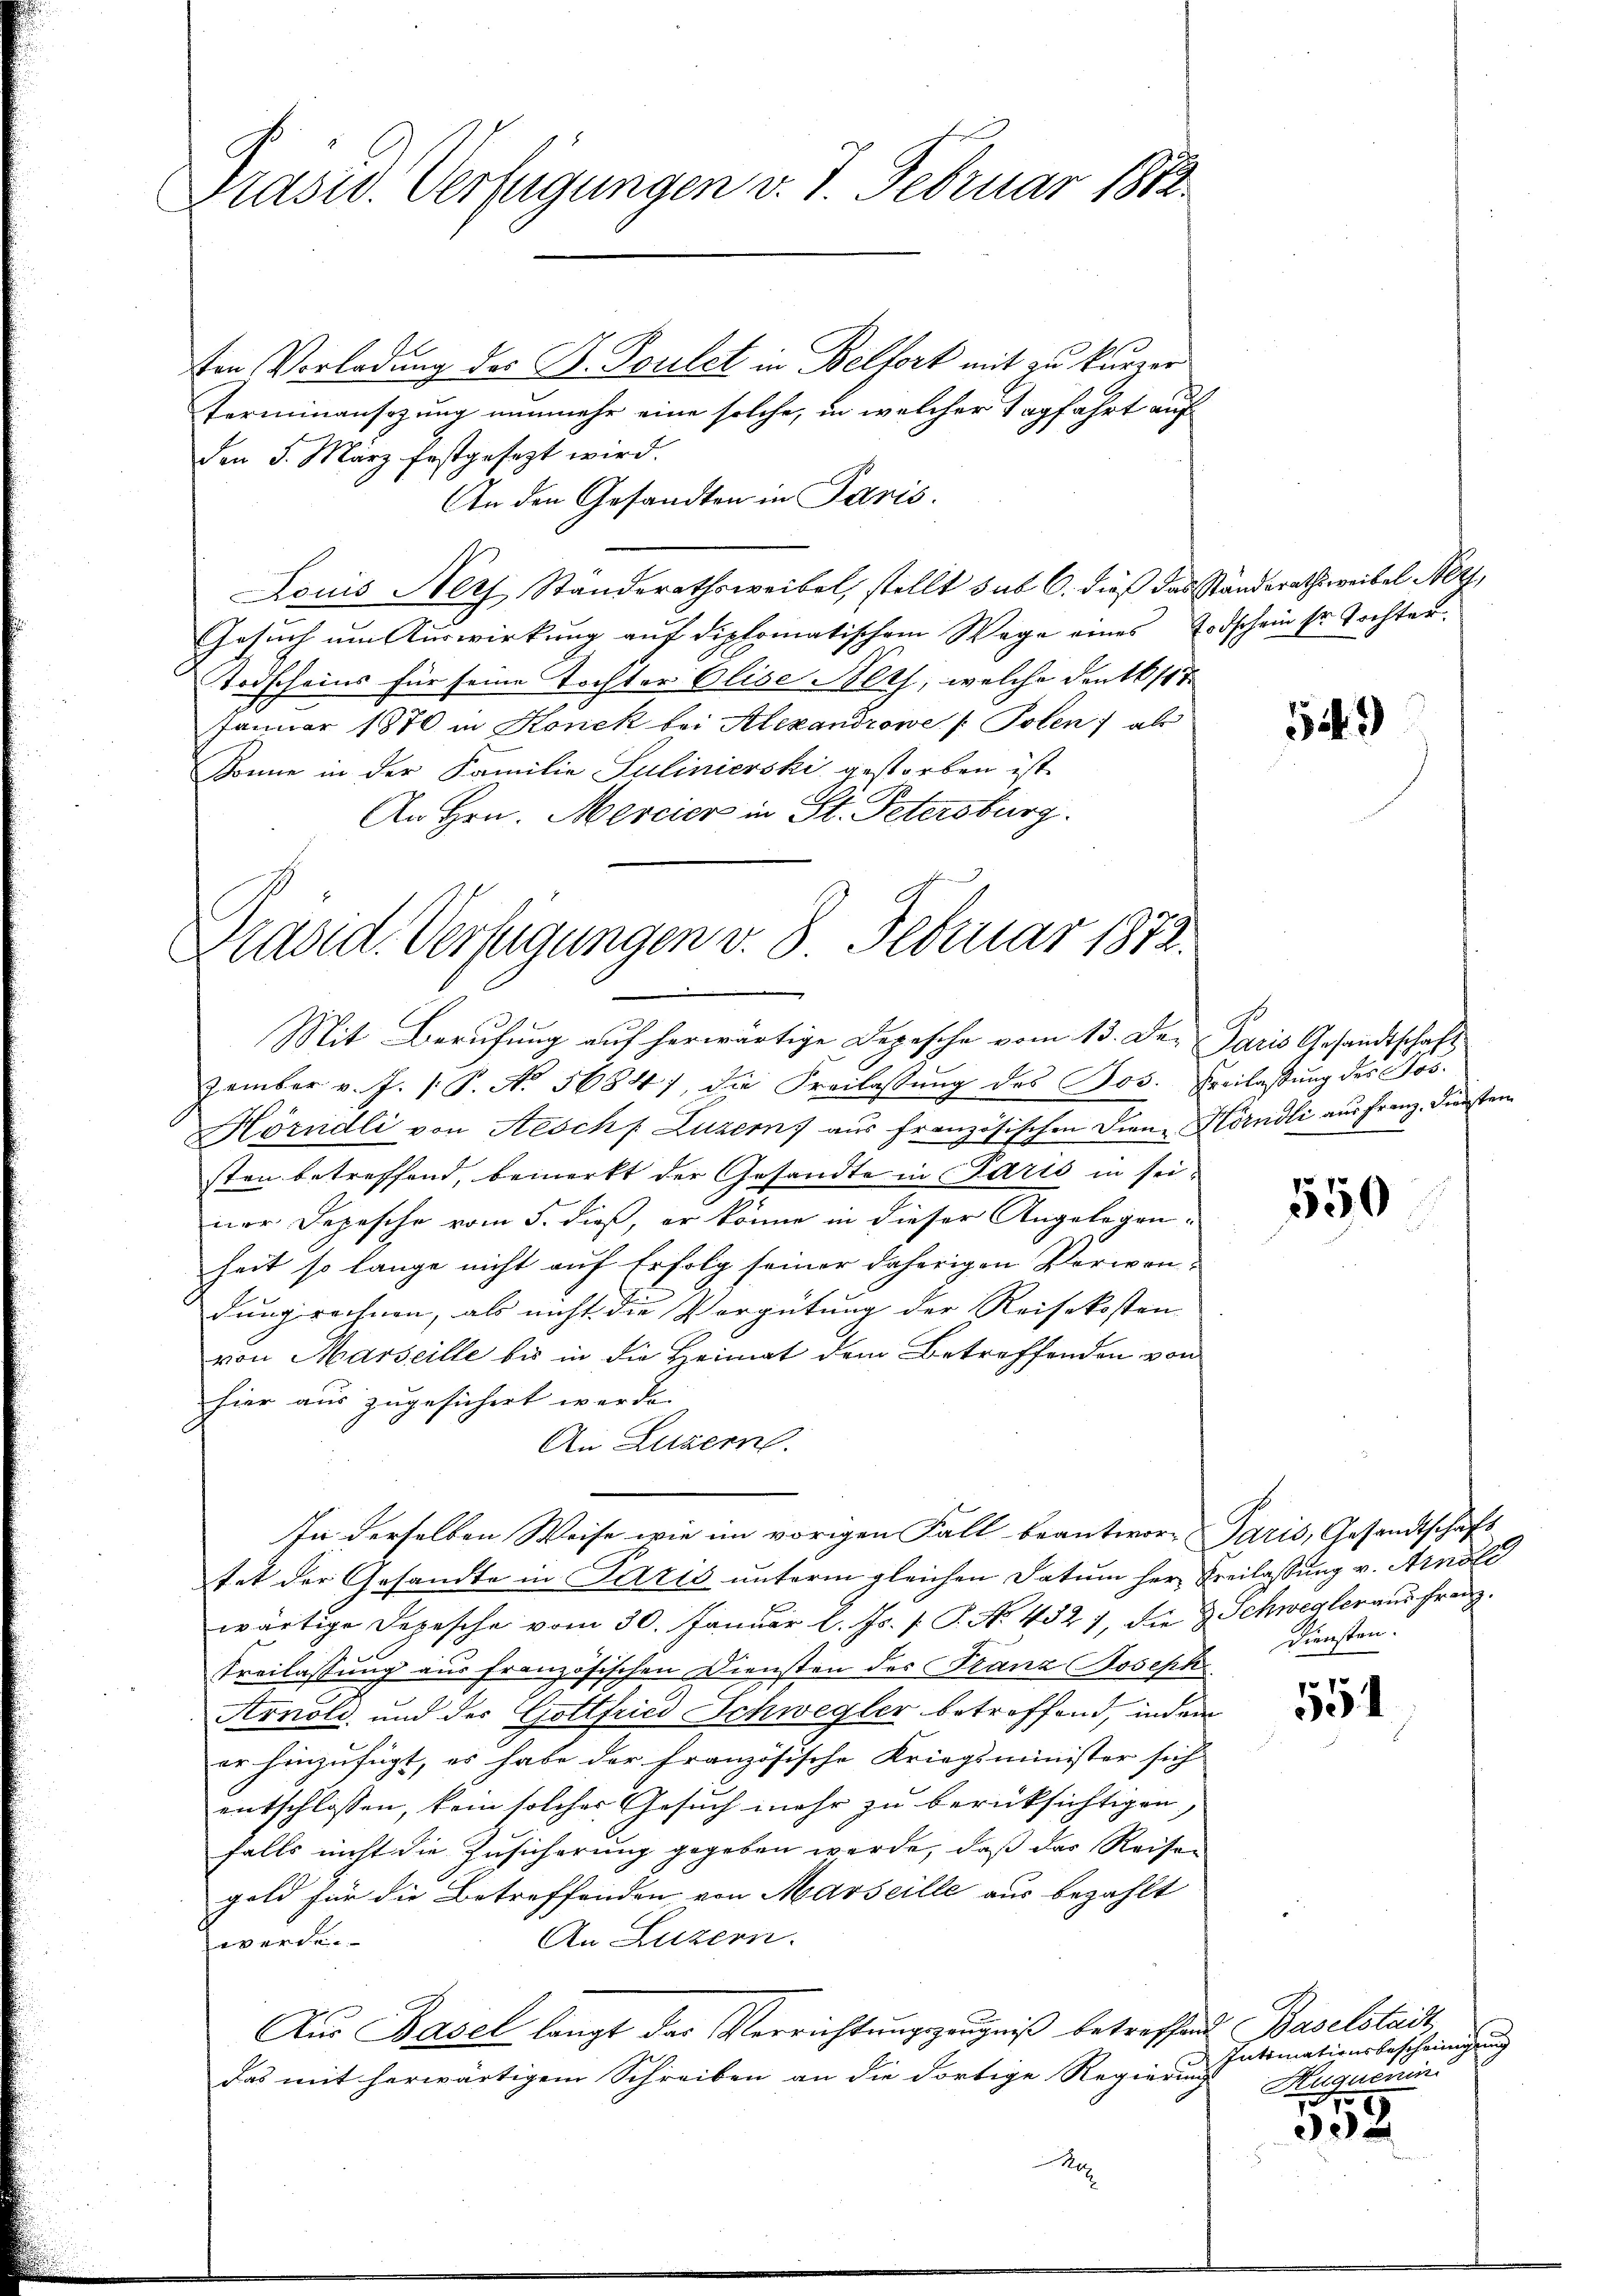
Präsid. Verfügungen v. J. Februar 1812.

ten Vorladung der B. Toulet in Belfort mit zu kurzer
Terminansezung nunmehr eine solche, in welcher Tagfahrt auf
den 5. März festgesezt wird.
An den Gesandten in Paris.
Louis Herz Standerathsweibel, stellt sub 6. dieß das Standerathsweibel Nezz,
Gesŭch ŭm Aŭswirkŭng aŭf diplomatischem Wege eines Erdschein sr. Tochten.
Todscheins für seine Tochter Olise Noth, welche den 16. 187
Januar 1870 in Honek bei Alexandrowe /: Polen) als
Bonne in der Familie Sulinierski gestorben ist.
An Hrn. Mercier in St. Petersburg.
e
Mit Berufung auf herwärtige Depesche vom 13. Der Paris Gesandtschaft
zember v. J. 1. P. No. 56847, die Freilassŭng des Jos. Freilassung des Jos.
Hörndli von Aesch f Luzern) aus französischen Diene Hörndli aus Franz. Diensten
sten betreffend, bemerkt der Gesandte in Paris in seiner Depesche vom 5. dieß, er könne in dieser Angelegen-
heit so lange nicht auf Erfolg seiner daherigen Verwendung rechnen, als nicht die Vergütung der Reisekosten |
von Marseille bis in die Heimat dem Betreffenden von
hier aus zugesichert werde.
An Luzern.
In derselben Weise wie im vorigen Fall beantwort Paris, Gesandtschaft
tet der Gesandte in Paris unterm gleichen Datum her Freilassung v. Arnold
wärtige Depesche vom 30. Januar l. Js. [ P. No. 432), die & Schwegleraus Franz
Freilassung aus französischen Diensten des Franz Joseph
Arnold, und des Gottfried Schwegler betreffend, indem
er hinzufügt, es habe der französische Kriegsminister sich
entschlossen, kein solches Gesuch mehr zu berücksichtigen,
falls nicht die Zusicherung gegeben werde, daß das Reisen
gold für die Betreffenden von Marseille aus bezahlt
An Luzern.
werden.
Aŭs Basel langt das Verrichtŭngszeŭgniβ betreffend Baselstadt
das mit herwärtigem Schreiben an die dortige Regierung
A

Präsid. Verfügungen v. 8. Februar 1872.

14.)

550

Diensten.

554

Intimationsbescheinigung
Huquenin
1

3